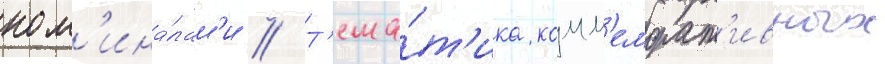
ном'ина́лам'и // Т'ема́т'ика комм'еморат'ивных